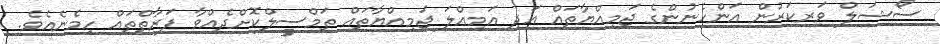
ސޯޝަލް ވަރކަރުން އަންހެނުންގެ ޖަމިއްޔާތައް އަދި އަމިއްލަ ޖަމިއްޔާތައް ތަމްސީލްކޮށްދެއްވާ ފަރާތްތައް ހިމެނެއެވެ.